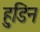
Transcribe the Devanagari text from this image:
हुडिन